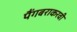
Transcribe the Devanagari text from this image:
पैंगबराकरवी